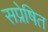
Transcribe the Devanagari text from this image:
सप्रेषित